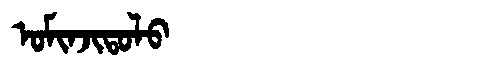
Manchu: ᠣᠮᡳᠨᠵᡳᡨᠣᠯᠣ
Romanization: OMINJITOLO